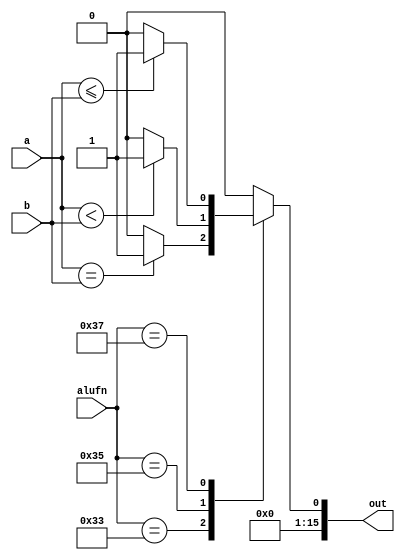
/*
   This file was generated automatically by the Mojo IDE version B1.3.6.
   Do not edit this file directly. Instead edit the original Lucid source.
   This is a temporary file and any changes made to it will be destroyed.
*/

module compare_12 (
    input [15:0] a,
    input [15:0] b,
    input [5:0] alufn,
    output reg [15:0] out
  );
  
  
  
  always @* begin
    out = 1'h0;
    
    case (alufn)
      6'h33: begin
        if (a == b) begin
          out[0+0-:1] = 1'h1;
        end
      end
      6'h35: begin
        if ($signed(a) < $signed(b)) begin
          out[0+0-:1] = 1'h1;
        end
      end
      6'h37: begin
        if ($signed(a) <= $signed(b)) begin
          out[0+0-:1] = 1'h1;
        end
      end
    endcase
  end
endmodule